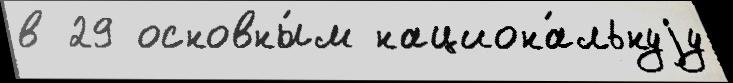
в 29 основны́м национа́льнуjу